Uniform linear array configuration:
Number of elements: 64
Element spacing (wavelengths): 0.5
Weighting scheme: binomial
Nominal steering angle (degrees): -30
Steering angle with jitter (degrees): -28.15
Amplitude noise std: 0.05
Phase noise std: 0.05

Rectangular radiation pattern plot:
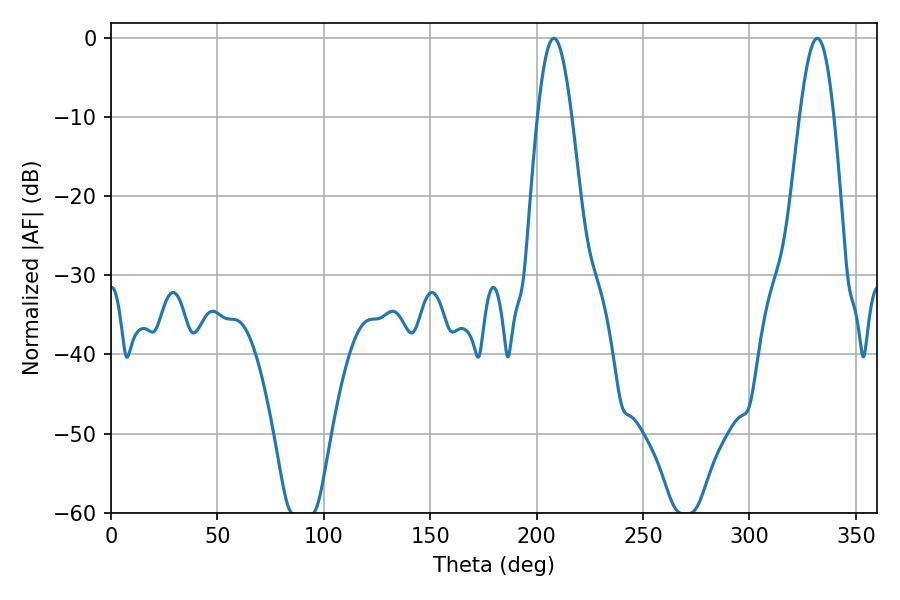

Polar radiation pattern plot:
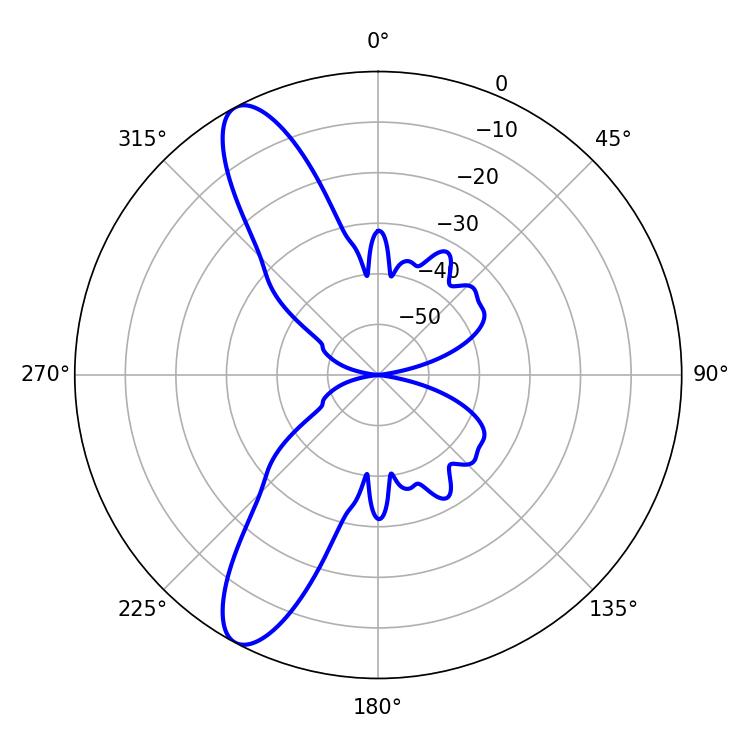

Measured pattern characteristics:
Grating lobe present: FALSE
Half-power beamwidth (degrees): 8.64
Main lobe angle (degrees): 208.08